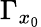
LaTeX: \Gamma_{x_{0}}